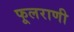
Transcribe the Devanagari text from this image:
फूलराणी